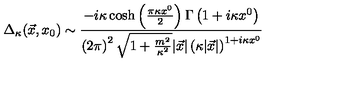
\Delta _ { \kappa } ( \vec { x } , x _ { 0 } ) \sim { \frac { - i \kappa \cosh \left( { \frac { \pi \kappa x ^ { 0 } } { 2 } } \right) \Gamma \left( 1 + i \kappa x ^ { 0 } \right) } { \left( 2 \pi \right) ^ { 2 } \sqrt { 1 + { \frac { m ^ { 2 } } { \kappa ^ { 2 } } } } | \vec { x } | \left( \kappa | \vec { x } | \right) ^ { 1 + i \kappa x ^ { 0 } } } }